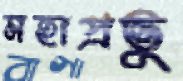
মহাপ্রভু